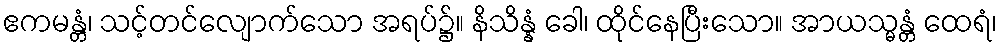
ဧကမန္တံ၊ သင့်တင်လျောက်သော အရပ်၌။ နိသိန္နံ ခေါ၊ ထိုင်နေပြီးသော။ အာယသ္မန္တံ ထေရံ၊